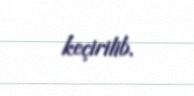
keçirilib.